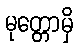
မုတ္တောမှိ